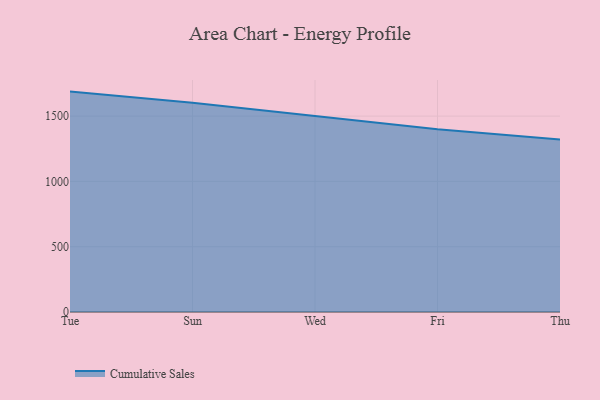
{"axis": {"x": "Day", "y": "Energy Usage (MWh)"}, "legend": ["Cumulative Sales"], "data": [{"x": "Tue", "y": 1687.4, "type": "Cumulative Sales"}, {"x": "Sun", "y": 1602.2, "type": "Cumulative Sales"}, {"x": "Wed", "y": 1499.9, "type": "Cumulative Sales"}, {"x": "Fri", "y": 1398.4, "type": "Cumulative Sales"}, {"x": "Thu", "y": 1321.0, "type": "Cumulative Sales"}]}